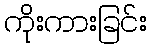
ကိုးကားခြင်း